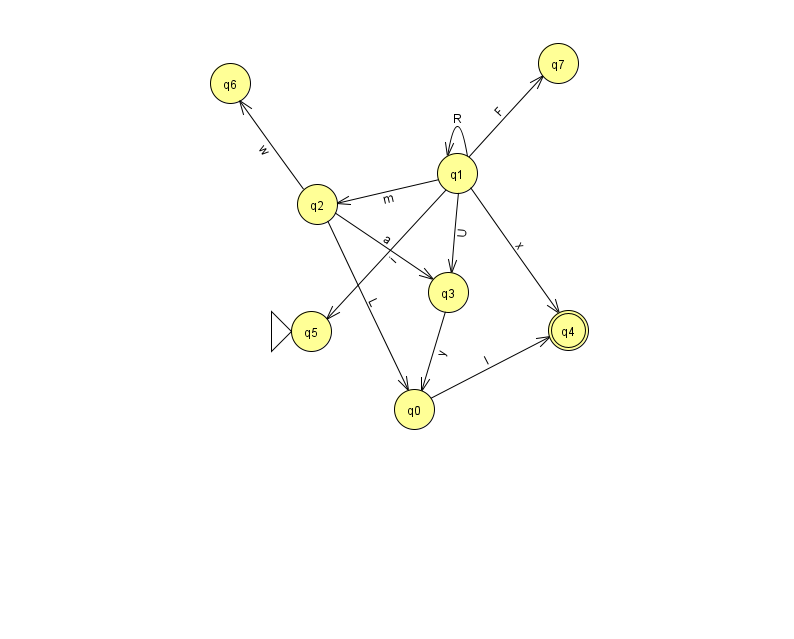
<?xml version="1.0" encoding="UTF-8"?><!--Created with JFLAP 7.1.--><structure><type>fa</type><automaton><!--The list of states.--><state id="0" name="q0"><x>414.0</x><y>396.0</y></state><state id="1" name="q1"><x>457.0</x><y>160.0</y></state><state id="2" name="q2"><x>317.0</x><y>191.0</y></state><state id="3" name="q3"><x>448.0</x><y>279.0</y></state><state id="4" name="q4"><x>568.0</x><y>317.0</y><final/></state><state id="5" name="q5"><x>311.0</x><y>318.0</y><initial/></state><state id="6" name="q6"><x>230.0</x><y>70.0</y></state><state id="7" name="q7"><x>558.0</x><y>50.0</y></state><!--The list of transitions.--><transition><from>1</from><to>1</to><read>R</read></transition><transition><from>1</from><to>5</to><read>i</read></transition><transition><from>1</from><to>3</to><read>U</read></transition><transition><from>0</from><to>4</to><read>l</read></transition><transition><from>3</from><to>0</to><read>y</read></transition><transition><from>1</from><to>2</to><read>m</read></transition><transition><from>1</from><to>7</to><read>F</read></transition><transition><from>2</from><to>6</to><read>w</read></transition><transition><from>2</from><to>3</to><read>a</read></transition><transition><from>2</from><to>0</to><read>L</read></transition><transition><from>1</from><to>4</to><read>x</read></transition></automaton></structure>